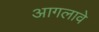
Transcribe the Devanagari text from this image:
आगलावे